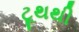
ટૂથથી